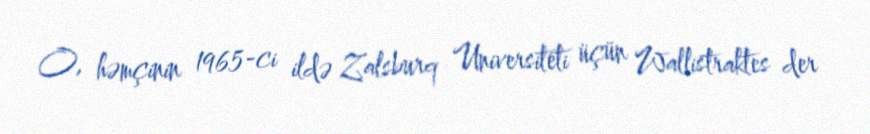
O, həmçinin 1965-ci ildə Zalsburq Universiteti üçün Wallistraktes der